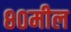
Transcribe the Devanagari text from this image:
८०मील